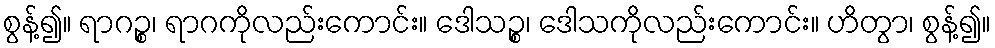
စွန့်၍။ ရာဂဉ္စ၊ ရာဂကိုလည်းကောင်း။ ဒေါသဉ္စ၊ ဒေါသကိုလည်းကောင်း။ ဟိတွာ၊ စွန့်၍။